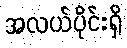
အလယ်ပိုင်းရှိ